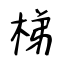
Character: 梯